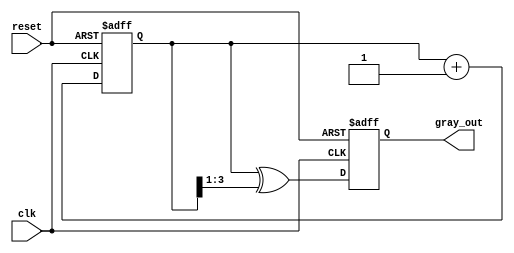
module gray_code_counter #
(
    parameter N = 4  // Number of bits for the counter
)
(
    input wire clk,           // Clock signal
    input wire reset,         // Asynchronous reset signal
    output reg [N-1:0] gray_out // Gray code output
);

    reg [N-1:0] binary_counter; // Internal binary counter

    // Asynchronous reset and counting logic
    always @(posedge clk or posedge reset) begin
        if (reset) begin
            binary_counter <= 0;     // Reset binary counter to 0
            gray_out <= 0;           // Reset gray code output to 0
        end else begin
            // Increment binary counter on every clock cycle
            binary_counter <= binary_counter + 1;
            // Convert binary to Gray code
            gray_out <= binary_counter ^ (binary_counter >> 1);
        end
    end

endmodule